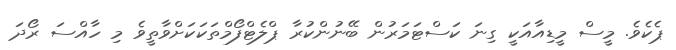
ޕެކެވެ. މީސް މީޑިއާއަކީ ގިނަ ކަސްޓަމަރުން ބޭނުންކުރާ ޕްލެޓްފޯމްތަކަކަށްވާތީވެ މި ހާއްސަ ރޯދަ